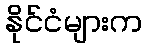
နိုင်ငံများက